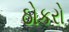
ઠોકરો